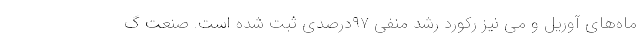
ماه‌های آوریل و می نیز رکورد رشد منفی ۹۷درصدی ثبت شده است. صنعت گ